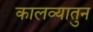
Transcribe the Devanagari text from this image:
कालव्यातुन